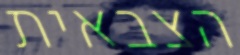
הצבאית